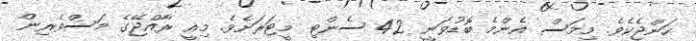
ހަންޖެކެވެ. މިމަސް އެންމެ ބޮޑުވަނީ 42 ސެންޓި މީޓަރަށެވެ. މިއީ ރާއްޖޭގެ މަސްވެރިން